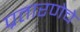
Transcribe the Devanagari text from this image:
प्रतारणेचे